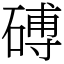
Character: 磗